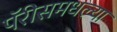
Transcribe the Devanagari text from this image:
पॅरीसमधल्या